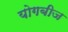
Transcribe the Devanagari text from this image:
योगबीज